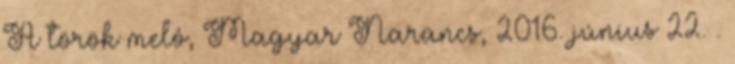
A török meló, Magyar Narancs, 2016. június 22. .